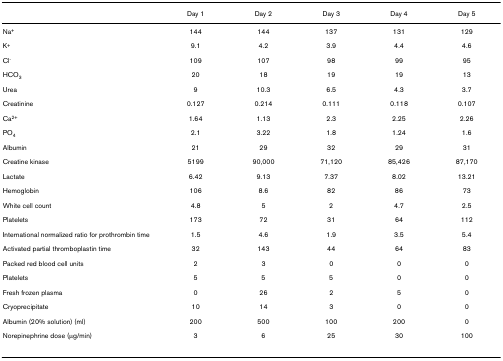
<table><thead><tr><td></td><td><b>Day 1</b></td><td><b>Day 2</b></td><td><b>Day 3</b></td><td><b>Day 4</b></td><td><b>Day 5</b></td></tr></thead><tbody><tr><td>Na<sup>+</sup></td><td>144</td><td>144</td><td>137</td><td>131</td><td>129</td></tr><tr><td>K<sup>+</sup></td><td>9.1</td><td>4.2</td><td>3.9</td><td>4.4</td><td>4.6</td></tr><tr><td>Cl<sup>-</sup></td><td>109</td><td>107</td><td>98</td><td>99</td><td>95</td></tr><tr><td>HCO<sub>3</sub></td><td>20</td><td>18</td><td>19</td><td>19</td><td>13</td></tr><tr><td>Urea</td><td>9</td><td>10.3</td><td>6.5</td><td>4.3</td><td>3.7</td></tr><tr><td>Creatinine</td><td>0.127</td><td>0.214</td><td>0.111</td><td>0.118</td><td>0.107</td></tr><tr><td>Ca<sup>2+</sup></td><td>1.64</td><td>1.13</td><td>2.3</td><td>2.25</td><td>2.26</td></tr><tr><td>PO<sub>4</sub></td><td>2.1</td><td>3.22</td><td>1.8</td><td>1.24</td><td>1.6</td></tr><tr><td>Albumin</td><td>21</td><td>29</td><td>32</td><td>29</td><td>31</td></tr><tr><td>Creatine kinase</td><td>5199</td><td>90,000</td><td>71,120</td><td>85,426</td><td>87,170</td></tr><tr><td>Lactate</td><td>6.42</td><td>9.13</td><td>7.37</td><td>8.02</td><td>13.21</td></tr><tr><td>Hemoglobin</td><td>106</td><td>8.6</td><td>82</td><td>86</td><td>73</td></tr><tr><td>White cell count</td><td>4.8</td><td>5</td><td>2</td><td>4.7</td><td>2.5</td></tr><tr><td>Platelets</td><td>173</td><td>72</td><td>31</td><td>64</td><td>112</td></tr><tr><td>International normalized ratio for prothrombin time</td><td>1.5</td><td>4.6</td><td>1.9</td><td>3.5</td><td>5.4</td></tr><tr><td>Activated partial thromboplastin time</td><td>32</td><td>143</td><td>44</td><td>64</td><td>83</td></tr><tr><td>Packed red blood cell units</td><td>2</td><td>3</td><td>0</td><td>0</td><td>0</td></tr><tr><td>Platelets</td><td>5</td><td>5</td><td>5</td><td>0</td><td>0</td></tr><tr><td>Fresh frozen plasma</td><td>0</td><td>26</td><td>2</td><td>5</td><td>0</td></tr><tr><td>Cryoprecipitate</td><td>10</td><td>14</td><td>3</td><td>0</td><td>0</td></tr><tr><td>Albumin (20% solution) (ml)</td><td>200</td><td>500</td><td>100</td><td>200</td><td>0</td></tr><tr><td>Norepinephrine dose (μg/min)</td><td>3</td><td>6</td><td>25</td><td>30</td><td>100</td></tr></tbody></table>